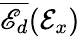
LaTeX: \overline{{\mathscr{E}_{d}}}(\mathcal{E}_{x})